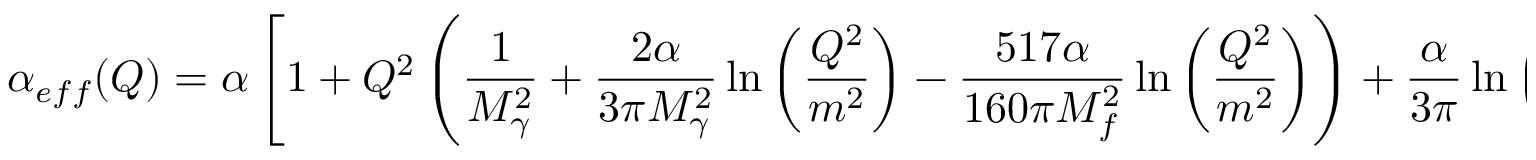
\alpha _ { e f f } ( Q ) = \alpha \left[ 1 + Q ^ { 2 } \left( \frac { 1 } { M _ { \gamma } ^ { 2 } } + \frac { 2 \alpha } { 3 \pi M _ { \gamma } ^ { 2 } } \ln \left( \frac { Q ^ { 2 } } { m ^ { 2 } } \right) - \frac { 5 1 7 \alpha } { 1 6 0 \pi M _ { f } ^ { 2 } } \ln \left( \frac { Q ^ { 2 } } { m ^ { 2 } } \right) \right) + \frac { \alpha } { 3 \pi } \ln \left( \frac { Q ^ { 2 } } { m ^ { 2 } } \right) \right] \ .